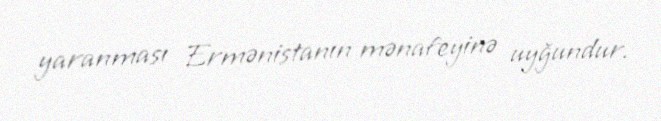
yaranması Ermənistanın mənafeyinə uyğundur.